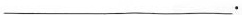
___。